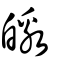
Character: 皦